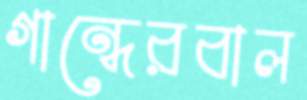
গান্ধেরবাল